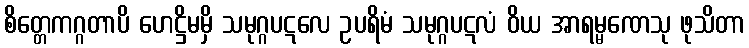
စိတ္တေကဂ္ဂတာပိ ဟေဋ္ဌိမမှိ သမုဂ္ဂပဋလေ ဥပရိမံ သမုဂ္ဂပဋလံ ဝိယ အာရမ္မဏေသု ဖုသိတာ